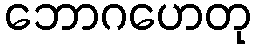
ဘောဂဟေတု